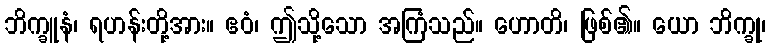
ဘိက္ခူနံ၊ ရဟန်းတို့အား။ ဧဝံ၊ ဤသို့သော အကြံသည်။ ဟောတိ၊ ဖြစ်၏။ ယော ဘိက္ခု၊